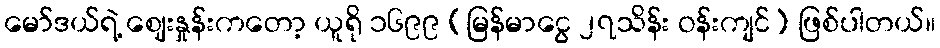
မော်ဒယ်ရဲ့ ဈေးနှုန်းကတော့ ယူရို ၁၆၉၉ (မြန်မာငွေ ၂၇သိန်း ဝန်းကျင်) ဖြစ်ပါတယ်။